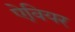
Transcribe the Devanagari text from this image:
ऐवियर